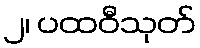
၂၊ ပထဝီသုတ်